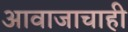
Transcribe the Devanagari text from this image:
आवाजाचाही